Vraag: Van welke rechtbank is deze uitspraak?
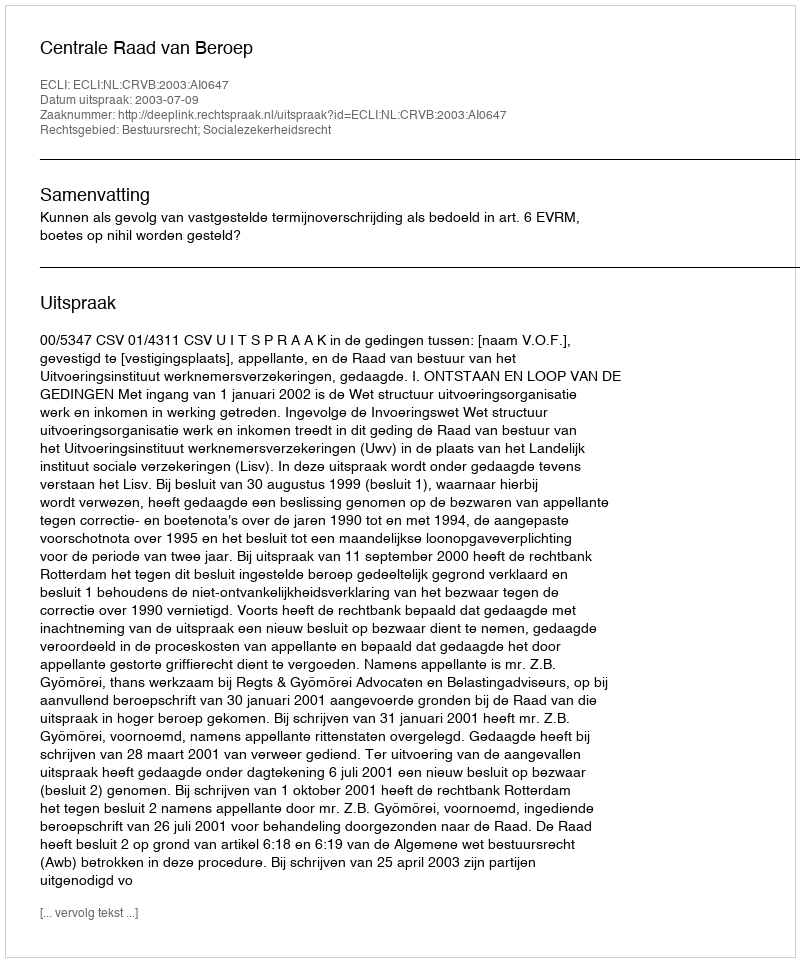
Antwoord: Centrale Raad van Beroep